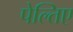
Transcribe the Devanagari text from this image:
पेल्तिए